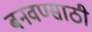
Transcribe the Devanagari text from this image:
बनवण्साठी